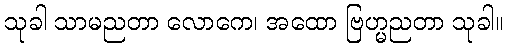
သုခါ သာမညတာ လောကေ၊ အထော ဗြဟ္မညတာ သုခါ။